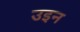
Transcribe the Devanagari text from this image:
उइन